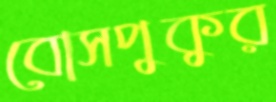
বোসপুকুর